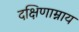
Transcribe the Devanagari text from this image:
दक्षिणाम्नाय